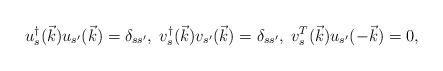
LaTeX: \begin{align*}u_s^\dag (\vec{k})u_{s^\prime}(\vec{k}) = \delta_{ss^\prime},\;v_s^\dag (\vec{k})v_{s^\prime}(\vec{k}) = \delta_{ss^\prime},\;v_s^T (\vec{k})u_{s^\prime}(-\vec{k}) =0,\end{align*}